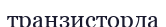
транзисторда